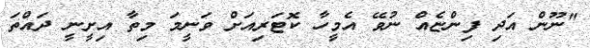
"ނޫން އަދި ފިންޏެއް ނުވޭ އެމީހާ ކޮޓަރިއަށް ވަނީމަ މިތާ އިށީނީ ދައްތަ